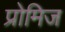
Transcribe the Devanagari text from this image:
प्रोमिज